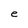
Character: e